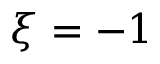
\xi = - 1